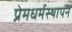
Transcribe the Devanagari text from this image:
प्रेमधर्मस्थापन